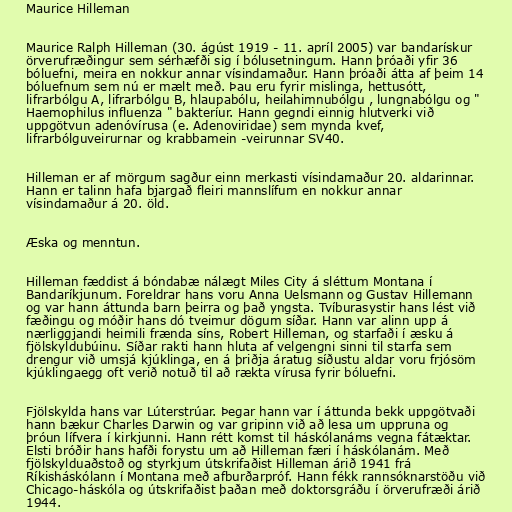
Maurice Hilleman

Maurice Ralph Hilleman (30. ágúst 1919 - 11. apríl 2005) var bandarískur
örverufræðingur sem sérhæfði sig í bólusetningum. Hann þróaði yfir 36
bóluefni, meira en nokkur annar vísindamaður. Hann þróaði átta af þeim 14
bóluefnum sem nú er mælt með. Þau eru fyrir mislinga, hettusótt,
lifrarbólgu A, lifrarbólgu B, hlaupabólu, heilahimnubólgu , lungnabólgu og "
Haemophilus influenza " bakteríur. Hann gegndi einnig hlutverki við
uppgötvun adenóvírusa (e. Adenoviridae) sem mynda kvef,
lifrarbólguveirurnar og krabbamein -veirunnar SV40.

Hilleman er af mörgum sagður einn merkasti vísindamaður 20. aldarinnar.
Hann er talinn hafa bjargað fleiri mannslífum en nokkur annar
vísindamaður á 20. öld.

Æska og menntun.

Hilleman fæddist á bóndabæ nálægt Miles City á sléttum Montana í
Bandaríkjunum. Foreldrar hans voru Anna Uelsmann og Gustav Hillemann
og var hann áttunda barn þeirra og það yngsta. Tvíburasystir hans lést við
fæðingu og móðir hans dó tveimur dögum síðar. Hann var alinn upp á
nærliggjandi heimili frænda síns, Robert Hilleman, og starfaði í æsku á
fjölskyldubúinu. Síðar rakti hann hluta af velgengni sinni til starfa sem
drengur við umsjá kjúklinga, en á þriðja áratug síðustu aldar voru frjósöm
kjúklingaegg oft verið notuð til að rækta vírusa fyrir bóluefni.

Fjölskylda hans var Lúterstrúar. Þegar hann var í áttunda bekk uppgötvaði
hann bækur Charles Darwin og var gripinn við að lesa um uppruna og
þróun lífvera í kirkjunni. Hann rétt komst til háskólanáms vegna fátæktar.
Elsti bróðir hans hafði forystu um að Hilleman færi í háskólanám. Með
fjölskylduaðstoð og styrkjum útskrifaðist Hilleman árið 1941 frá
Ríkisháskólann í Montana með afburðarpróf. Hann fékk rannsóknarstöðu við
Chicago-háskóla og útskrifaðist þaðan með doktorsgráðu í örverufræði árið
1944.